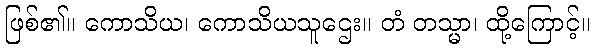
ဖြစ်၏။ ကောသိယ၊ ကောသိယသူဌေး။ တံ တသ္မာ၊ ထို့ကြောင့်။